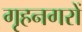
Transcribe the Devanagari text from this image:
गृहनगरों